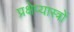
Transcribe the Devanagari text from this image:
प्रक्षेप्यास्त्रों